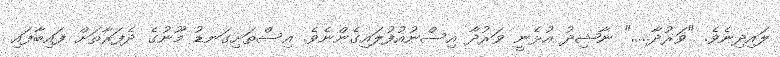
ލައިދިނެވެ. "ވަރުދާ....." ނާޝިދު އުޅެނީ ވަރުދާ އިސްނުއުފުލައިގެންނެވެ. އިސްތަށިގަނޑު މޫނުގެ ދެފަރާތަށް ފައިބާފައި